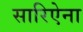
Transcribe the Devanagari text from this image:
सारिऐना